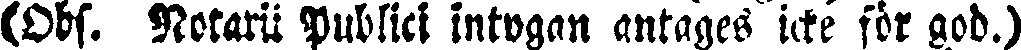
(Obs. Notarii Publici intygan antages icke för god.)